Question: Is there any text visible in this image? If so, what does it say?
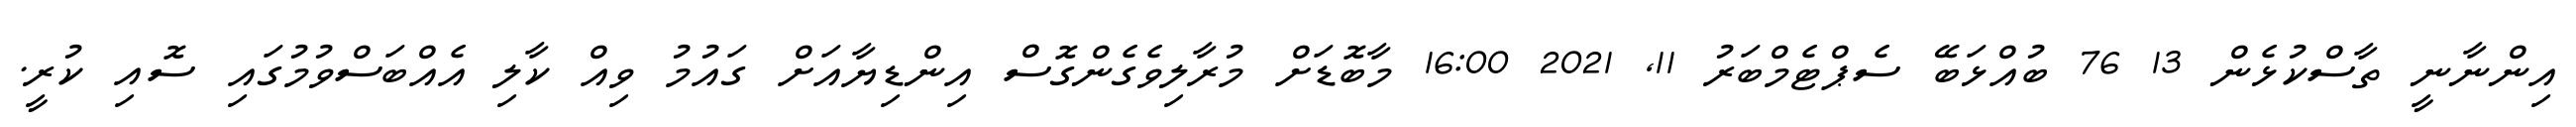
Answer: އިންނާނީ ތާސްކުޅެން 13 76 ބުއްޅަބޭ ސެޕްޓެމްބަރު 11, 2021 16:00 މާބޮޑަށް މުރާލިވެގެންގޮސް އިންޑިޔާއަށް ގައުމު ވިއް ކާލި އެއްބަސްވުމުގައި ސޮއި ކުރީ.